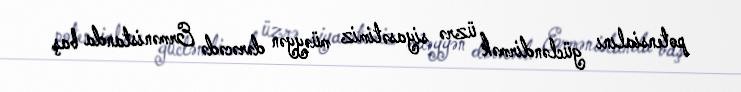
potensialını gücləndirmək üzrə siyasətimiz müəyyən dərəcədə Ermənistanda baş